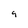
Character: 9